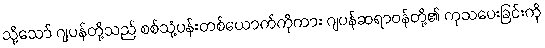
သို့သော် ဂျပန်တို့သည် စစ်သုံ့ပန်းတစ်ယောက်ကိုကား ဂျပန်ဆရာဝန်တို့၏ ကုသပေးခြင်းကို